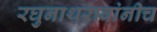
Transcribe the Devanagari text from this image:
रघुनाथरावांनीच